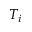
T _ { i }